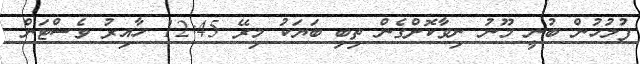
ފުލުހުން ބުނީ މޫނު ނިވާކޮށްގެން ތިބި ބަޔަކު މިރޭ 12:45 ހާއިރު ވެސްޓަން